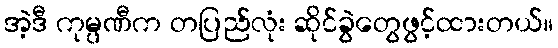
အဲ့ဒီ ကုမ္ပဏီက တပြည်လုံး ဆိုင်ခွဲတွေဖွင့်ထားတယ်။